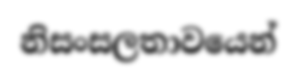
නිසංසලතාවයෙන්